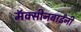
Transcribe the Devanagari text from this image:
मॅक्सीनबाईंनी